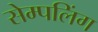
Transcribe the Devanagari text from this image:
सेम्पलिंग